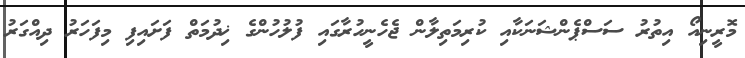
މޮރީނިއޯ އިތުރު ސަސްޕެންޝަނަކާއި ކުރިމަތިލާން ޖެހެނީހުރާގައި ފުލުހުންގެ ޚިދުމަތް ފަށައިފި މިފަހަރު ދިއްގަރު